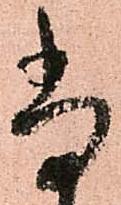
尚